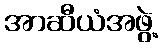
အာဆီယံအဖွဲ့